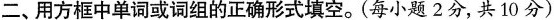
二、用方框中单词或词组的正确形式填空.(每小题 2分,共10分)